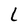
Character: l